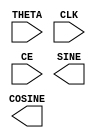
module sine_cosine_look_up_table_spartan3e_5_0_14880184a763675b(
	THETA,
	CLK,
	CE,
	SINE,
	COSINE);


input [9 : 0] THETA;
input CLK;
input CE;
output [18 : 0] SINE;
output [18 : 0] COSINE;

// synthesis translate_off

      C_SIN_COS_V5_0 #(
		.C_ENABLE_RLOCS(1),
		.C_HAS_ACLR(0),
		.C_HAS_CE(1),
		.C_HAS_CLK(1),
		.C_HAS_ND(0),
		.C_HAS_RDY(0),
		.C_HAS_RFD(0),
		.C_HAS_SCLR(0),
		.C_LATENCY(1),
		.C_MEM_TYPE(1),
		.C_NEGATIVE_COSINE(0),
		.C_NEGATIVE_SINE(0),
		.C_OUTPUTS_REQUIRED(2),
		.C_OUTPUT_WIDTH(19),
		.C_PIPE_STAGES(1),
		.C_REG_INPUT(0),
		.C_REG_OUTPUT(0),
		.C_SYMMETRIC(1),
		.C_THETA_WIDTH(10))
	inst (
		.THETA(THETA),
		.CLK(CLK),
		.CE(CE),
		.SINE(SINE),
		.COSINE(COSINE),
		.ND(),
		.ACLR(),
		.SCLR(),
		.RFD(),
		.RDY());


// synthesis translate_on

endmodule